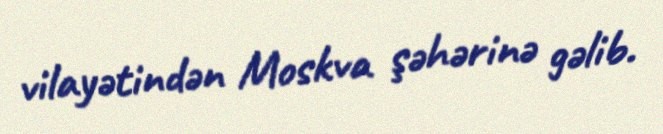
vilayətindən Moskva şəhərinə gəlib.